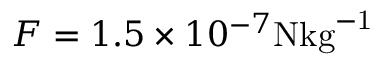
F = 1 . 5 \times 1 0 ^ { - 7 } \mathrm { N { k g } ^ { - 1 } }